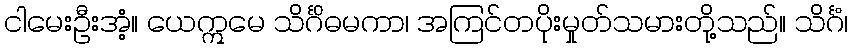
ငါမေးဦးအံ့။ ယေဣမေ သိင်္ဂိဓမကာ၊ အကြင်တပိုးမှုတ်သမားတို့သည်။ သိင်္ဂံ၊